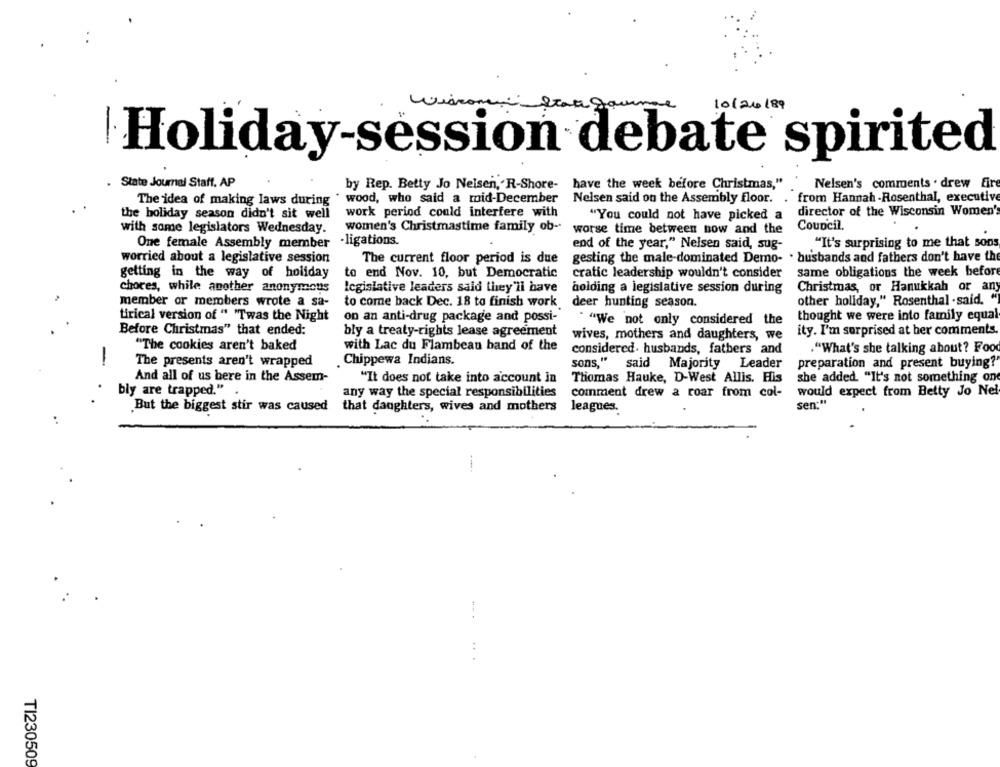
wisconsinbate goum
Holiday-session debate spirited
State Journal Staff. AP
have the week before Christmas,"
Nelsen's comments . drew fire
by Rep. Betty Jo Nelsen,'R-Shore-
The idea of making laws during * wood, who said a mid-December
Nelsen said on the Assembly floor.
. from Hannah -Rosenthal, executive
the holiday season didn't sit well
work period could interfere with
director of the Wisconsin Women'
"You could not have picked a
with some legislators Wednesday.
women's Christmastime family ob-
worse time between now and the
Council.
One female Assembly member
-ligations.
end of the year," Nelsen said, sug-
"It's surprising to me that sons
worried about a legislative session
The current floor period is due
gesting the male-dominated Demo- . husbands and fathers don't have the
getting in the way of holiday
to end Nov. 10, but Democratic
cratic leadership wouldn't consider
same obligations the week before
chores, while another anonymous
legislative leaders said they'li have
holding a legislative session during
Christmas, or Hanukkah or any
member or members wrote a sa-
to come back Dec. 18 to finish work
deer hunting season.
other holiday," Rosenthal . said. "
tirical version of " "Twas the Night
on an anti-drug package and possi-
. "We not only considered the
thought we were into family equal
Before Christmas" that ended:
bly a treaty-rights lease agreement
wives, mothers and daughters, we
ity. I'm surprised at her comments
"The cookies aren't baked
with Lac du Flambeau band of the
considered. husbands, fathers and
."What's she talking about? Food
-
Chippewa Indians.
The presents aren't wrapped
sons," said Majority Leader
preparation and present buying?
And all of us here in the Assem-
"It does not take into account in
Thomas Hauke, D-West Allis. His
she added. "It's not something on
bly are trapped."
any way the special responsibilities
comment drew a roar from col-
would expect from Betty Jo Nel
sen:"
But the biggest stir was caused that daughters, wives and mothers
leagues.
-----
..
TI230509